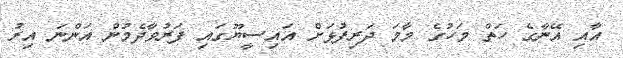
އާއި އޭނާގެ ހަތް މަހުގެ މާމަ ދަރިފުޅަށް އައިސީޔޫގައި ފަރުވާދެމުން އަންނަ އިރު